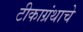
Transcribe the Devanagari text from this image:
टीकाग्रंथाचे